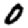
Digit: 0